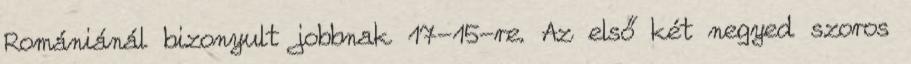
Romániánál bizonyult jobbnak 17-15-re. Az első két negyed szoros